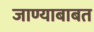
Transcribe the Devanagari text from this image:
जाण्याबाबत